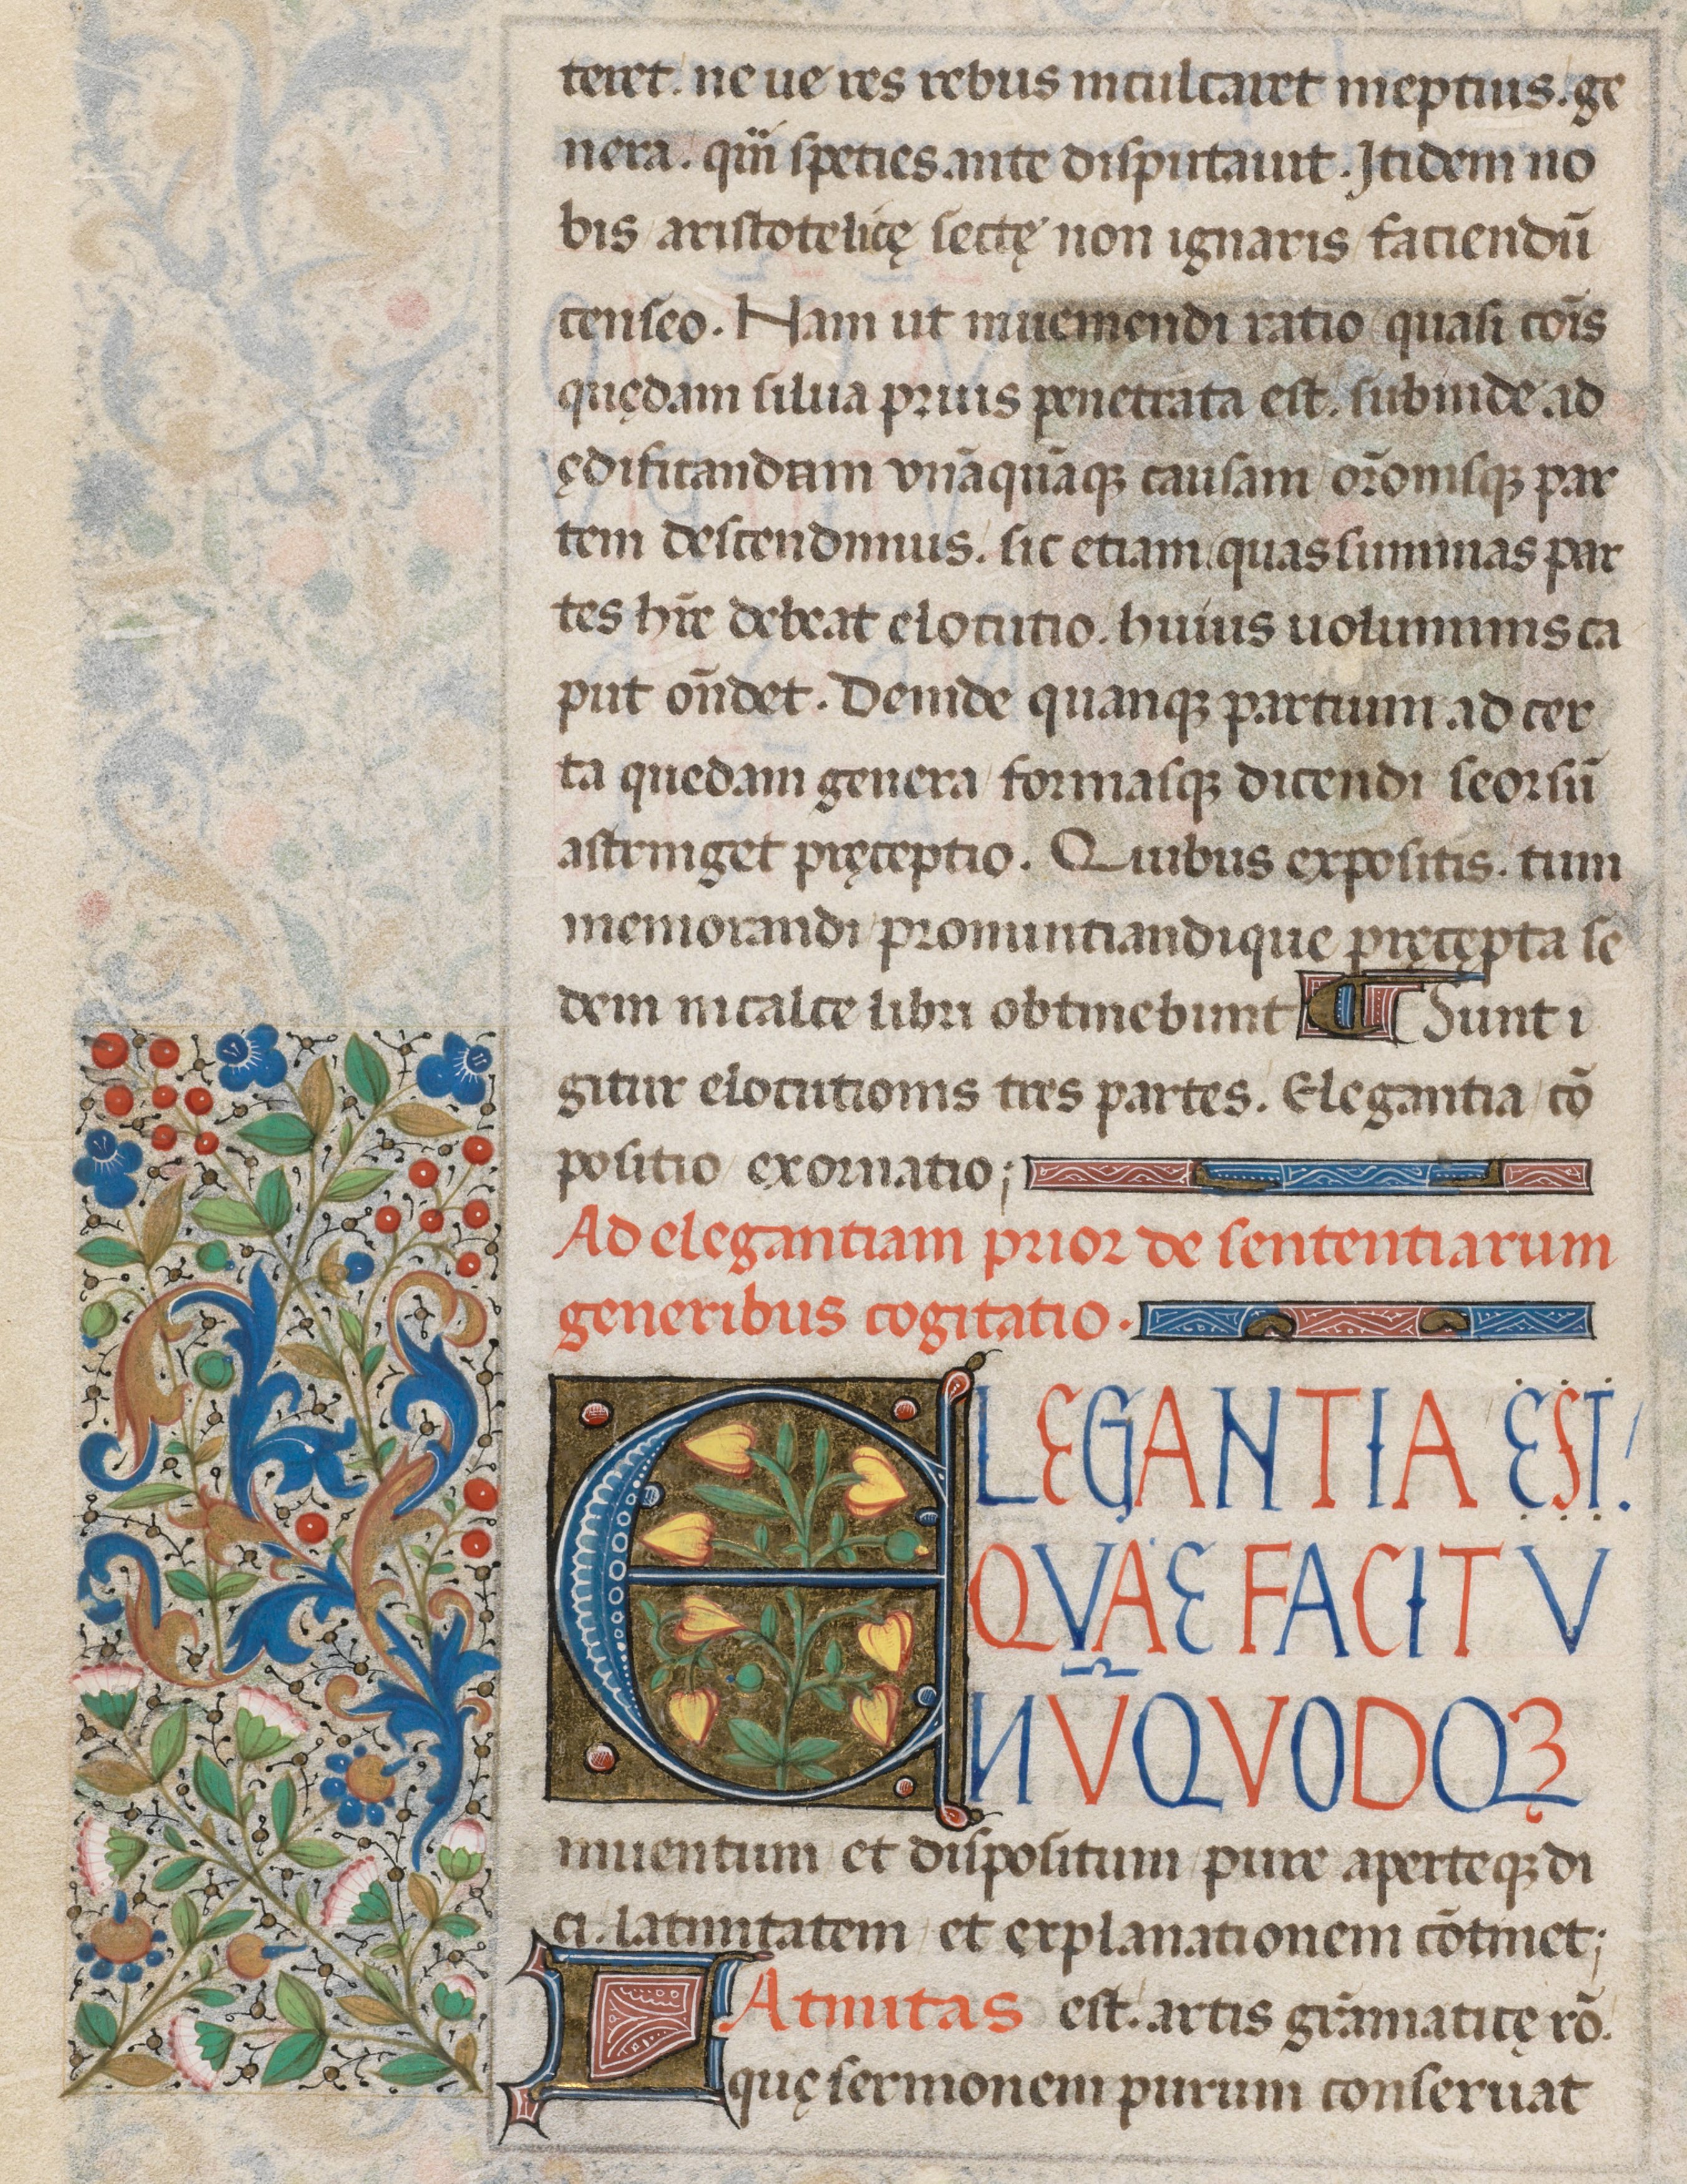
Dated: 1471–1471